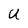
Character: U